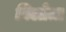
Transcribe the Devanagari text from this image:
बिलोता